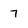
Character: 7